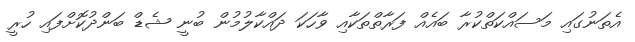
އެތަނުގައި މަސައްކަތްކުރާ ބައެއް ފަރާތްތަކާއި ވާހަކަ ދައްކާލުމުން ބުނީ ޝެޑް ބަންދުކޮށްފައި ހުރީ